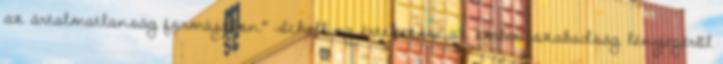
az ártalmatlanság formájában." Schelling értekezése az emberi szabadság lényegérõl